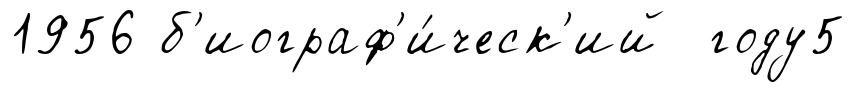
1956 б'иограф'и́ческ'ий году5